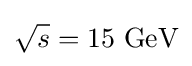
{\sqrt {s}}=15~{\text{GeV}}